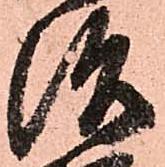
治